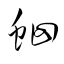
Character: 蛔